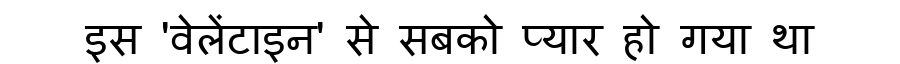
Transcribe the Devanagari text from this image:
इस 'वेलेंटाइन' से सबको प्यार हो गया था